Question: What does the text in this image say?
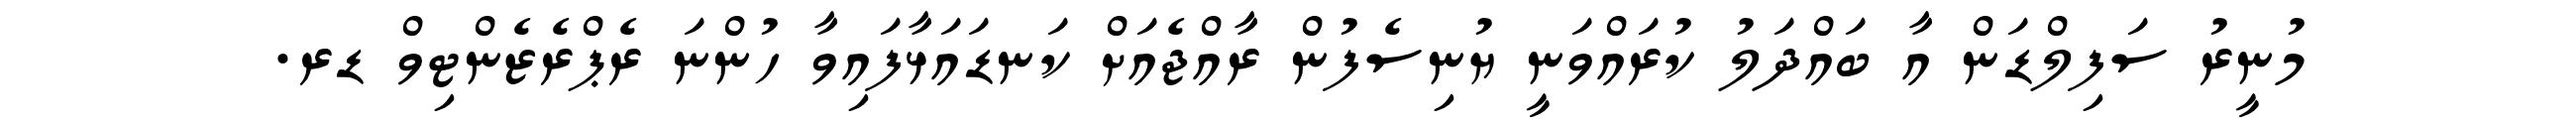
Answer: މުނީރު ސަފިލްޑަން އާ ބައްދަލު ކުރައްވަނީ ޔުނިސެފުން ރާއްޖެއަށް ކަނޑައަޅާފައިވާ ހުންނަ ރެޕްރެޒެންޓިވް ޑރ.